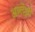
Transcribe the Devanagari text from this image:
अलोंझो